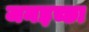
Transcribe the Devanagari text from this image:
जनइच्छा